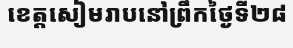
ខេត្តសៀមរាបនៅព្រឹកថ្ងៃទី២៨